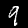
Label: 9